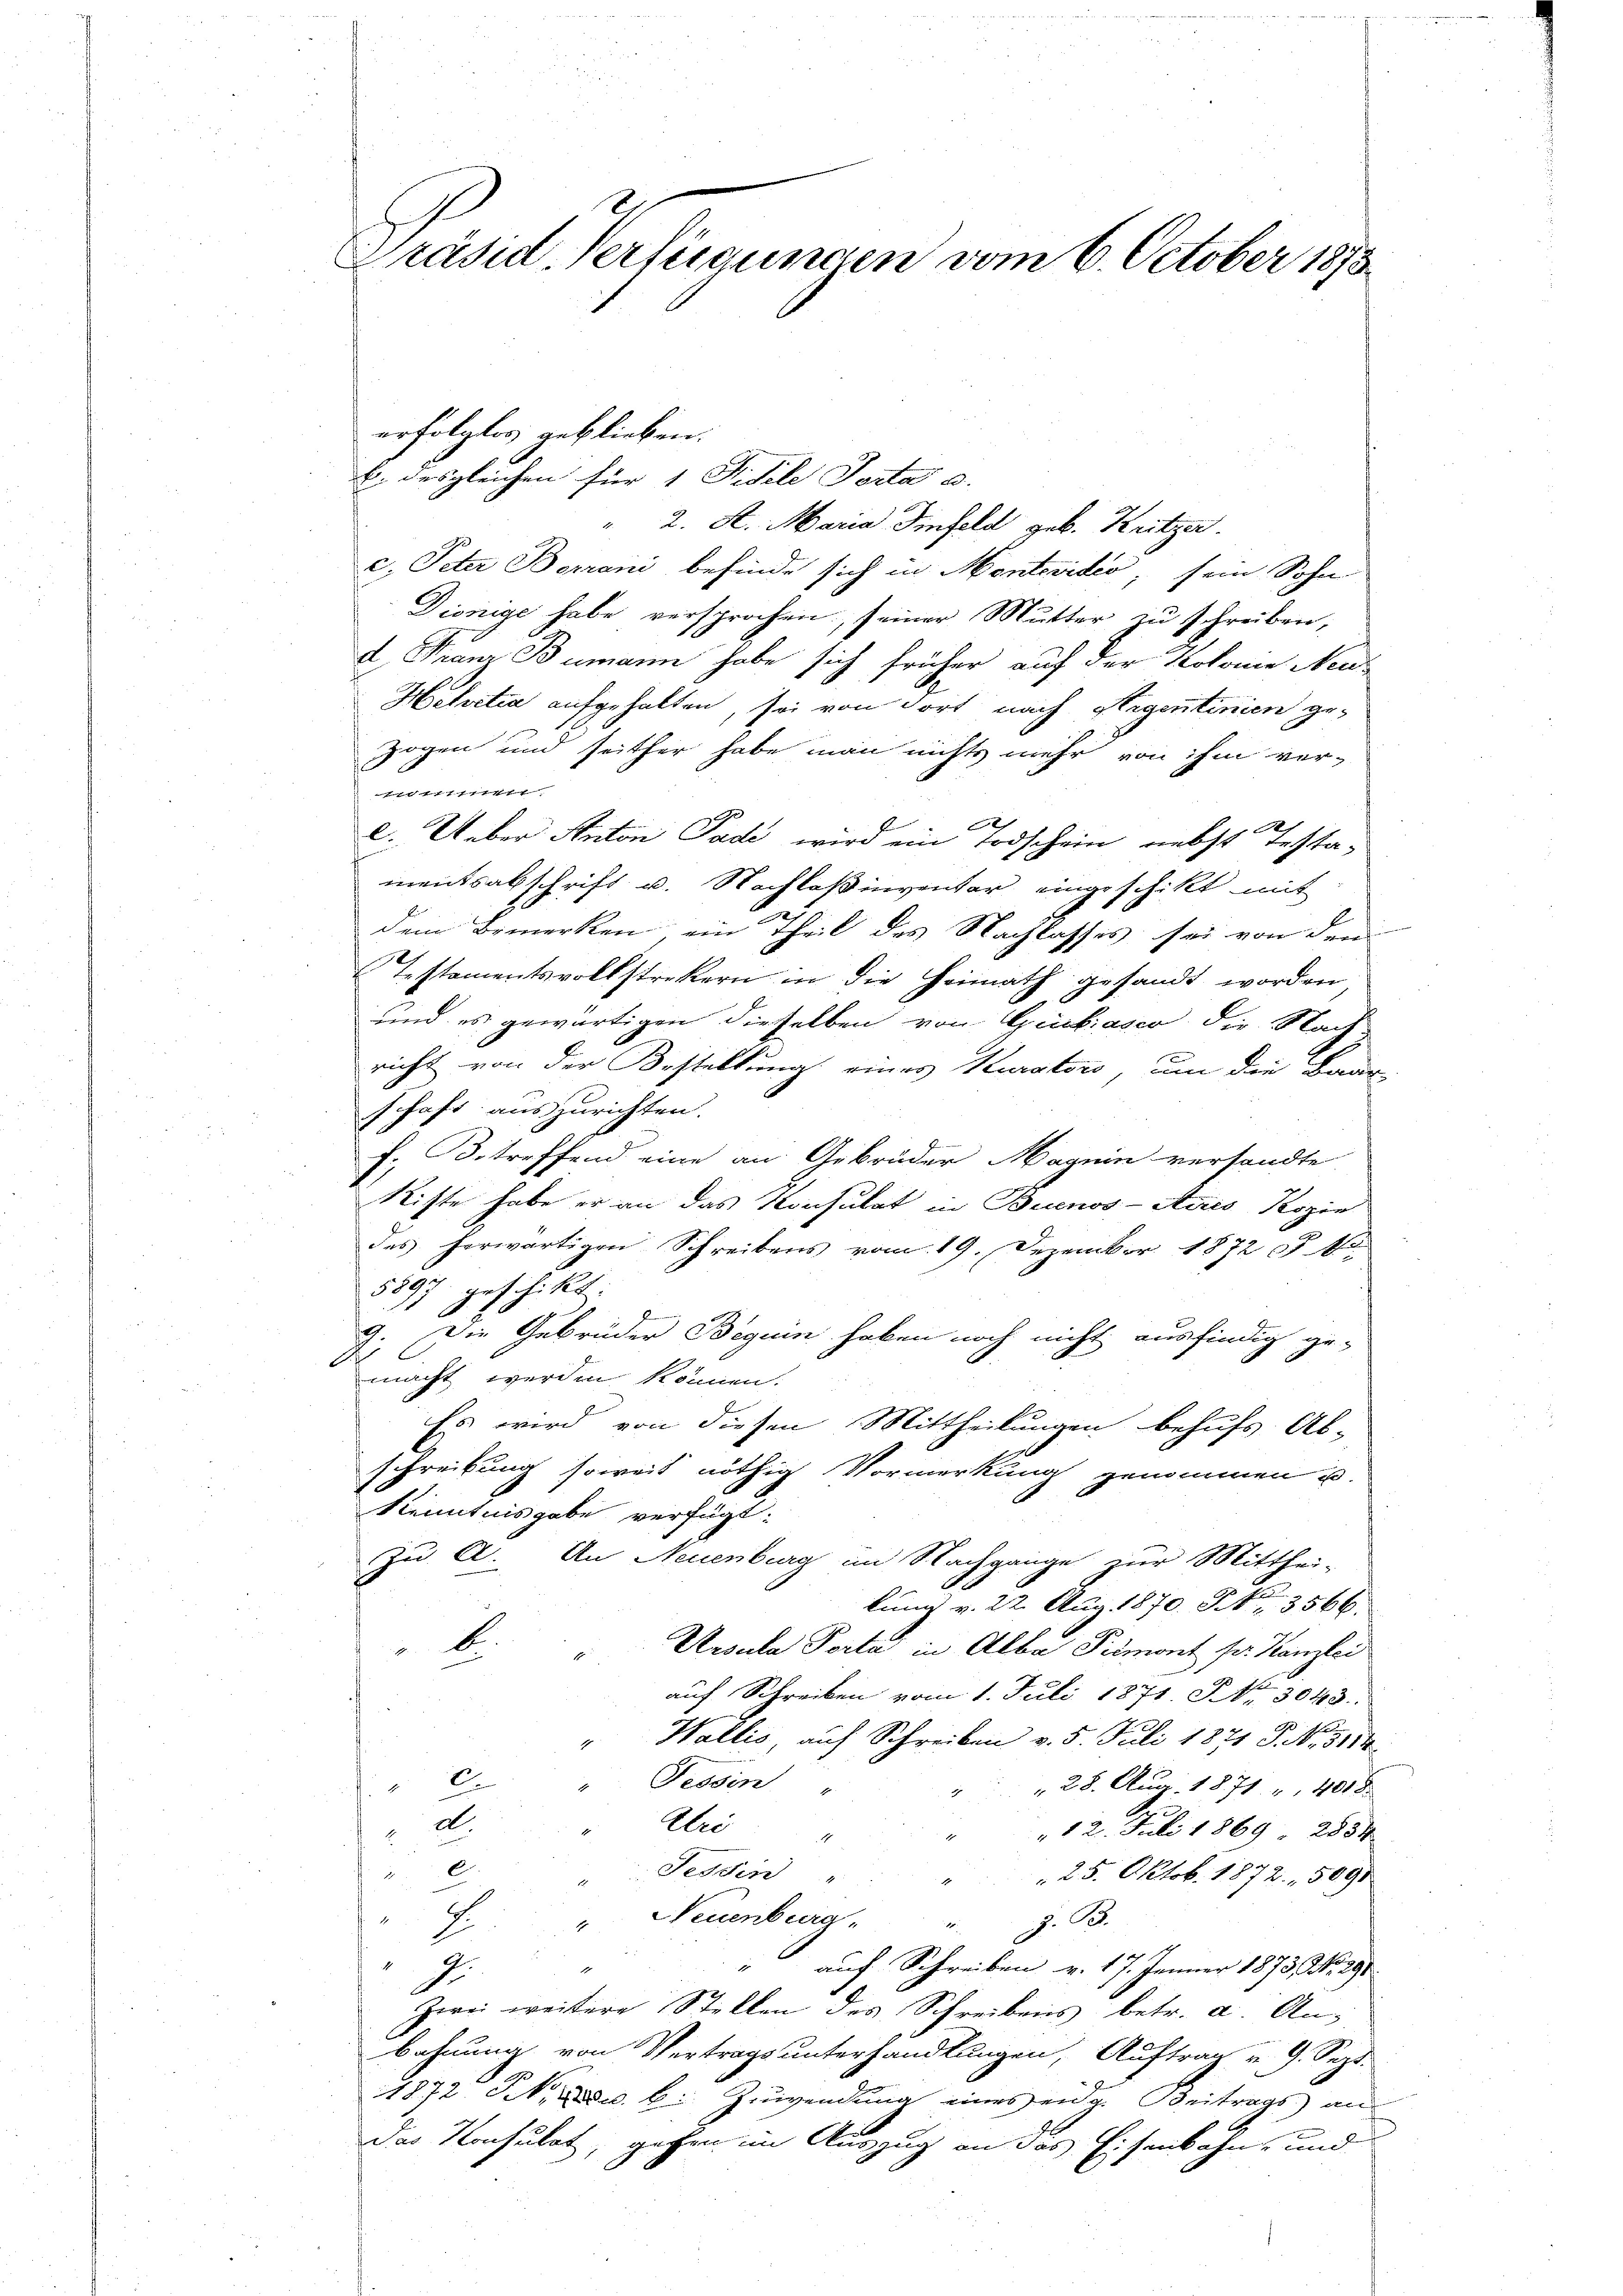
Präsid-Verfügungen vom 6. October 1873

erfolglos geblieben.
b. desgleichen für 1 Fidele Porta a.
" 2. K. Maria Iinfeld geb. Kritzer.
c. Peter Borrani befinde sich in Montevidio, sein Sohn
Diönige habe versprochen, seiner Mutter zu schreiben,
I. Franz Bumann habe sich früher auf der Kolome Neu-
Helvetia aufgehalten, sei von Fort nach Stigentinien ge-
Zogen und seither habe man nichts mehr von ihm ver-
1111
2
l. Ueber Anton Pade wird ein Todschein nebst Testa-
mentsabschrift u. Nachlaßinventar eingeschikt mit
dem Bemerken ein Theil des Nachlasses sei von den
Testamentsvollstrekern in die Heimath gesandt worden
und es gewärtigen dieselben von Gubiasco die Nach
richt von der Bestellung eines Kuratoro, um die Baur
schaft auszurichten.
s
f. Betreffend eine an Gebrüder Magnin versandte
Stifte habe er an das Konsulat in Buenos-Ayres Kopie
des herwärtigen Schreibens vom 19. Dezember 1872 (1
3897 geschikt
9. Die Gebrüder Beguin haben noch nicht ausfindig ge-
1
E
macht werden können.
Es wird von diesen Mittheilungen behufs Ab-
schreibung soweit nöthig Vormerkung genommen u.
Kenntnisgabe verfügt:
Zu A. An Neuenburg im Nachgange zur Mitthei-
lung v. 22. Aug. 1870. No. 3566.
b
Ursula Porta in Alba Piemont pr. Kanzlei
auf Schreiben vom 1. Juli 1871. No. 3043.
Wallis, auf Schreiben v. 5. Juli 1871 S. No. 3114.
Tessin
E
 28. Aug. 1871. 401 d
d
Atri
12. Juli 1869 2854
C
Tessin " " " 125. Oktob. 1872. 5091
" Neuenburg,
Z. B.
2
" auf Schreiben v. 17. Jänner 1873, No. 290
d
d
zwei weitere Stellen des Schreibens betr. a. An-
bahnung von Vertragsunterhandlungen, Auftrag u. 9. Sept.
1872 N. Dosw. b. Zuwendung eines eidg. Beitrags an
Das Konsulat, gehen im Auszug an das Eisenbahn- und

werden